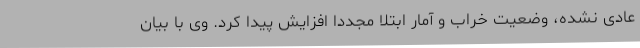
عادی نشده، وضعیت خراب و آمار ابتلا مجددا افزایش پیدا کرد. وی با بیان